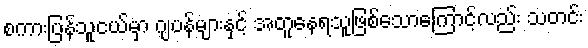
စကားပြန်သူငယ်မှာ ဂျပန်များနှင့် အတူနေရသူဖြစ်သောကြောင့်လည်း သတင်း